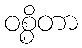
ဝစ္စိတာ